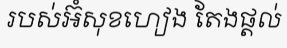
របស់អ៊ំសុខហៀង តែងផ្តល់